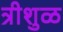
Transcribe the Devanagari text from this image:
त्रीशुळ